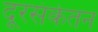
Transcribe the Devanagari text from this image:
दूरसंकेतन